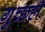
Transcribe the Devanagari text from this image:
गुच्छही